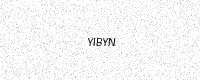
Text: YIBYN